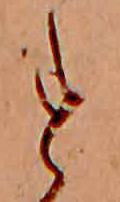
す